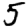
Digit: 5